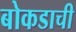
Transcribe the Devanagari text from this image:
बोकडाची